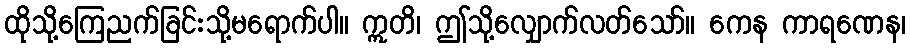
ထိုသို့ကြေညက်ခြင်းသို့မရောက်ပါ။ ဣတိ၊ ဤသို့လျှောက်လတ်သော်။ ကေန ကာရဏေန၊